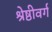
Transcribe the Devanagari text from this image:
श्रेष्ठीवर्ग